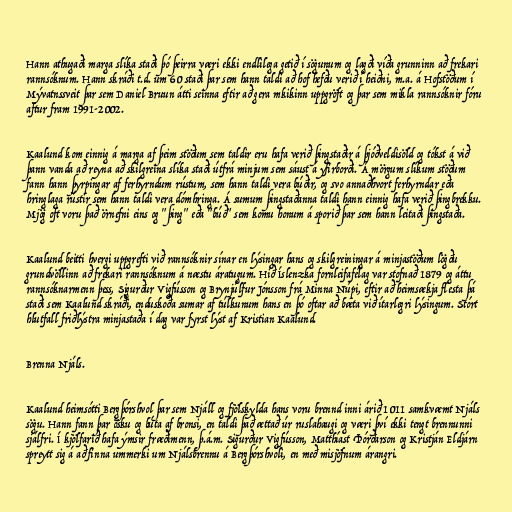
Hann athugaði marga slíka staði þó þeirra væri ekki endlilega getið í sögunum og lagði víða grunninn að frekari
rannsóknum. Hann skráði t.d. um 60 staði þar sem hann taldi að hof hefðu verið í heiðni, m.a. á Hofstöðum í
Mývatnssveit þar sem Daniel Bruun átti seinna eftir að gera mkikinn uppgröft og þar sem mikla rannsóknir fóru
aftur fram 1991-2002.

Kaalund kom einnig á marga af þeim stöðum sem taldir eru hafa verið þingstaðir á þjóðveldisöld og tókst á við
þann vanda að reyna að skilgreina slíka staði útfrá minjum sem sáust á yfirborði. Á mörgum slíkum stöðum
fann hann þyrpingar af ferhyrndum rústum, sem hann taldi vera búðir, og svo annaðhvort ferhyrndar eða
hringlaga rústir sem hann taldi vera dómhringa. Á sumum þingstaðanna taldi hann einnig hafa verið þingbrekku.
Mjög oft voru það örnefni eins og "þing" eða "búð" sem komu honum á sporið þar sem hann leitaði þingstaða.

Kaalund beitti hvergi uppgrefti við rannsóknir sínar en lýsingar hans og skilgreiningar á minjastöðum lögðu
grundvöllinn að frekari rannsóknum á næstu áratugum. Hið Íslenzka fornleifafélag var stofnað 1879 og áttu
rannsóknarmenn þess, Sigurður Vigfússon og Brynjúlfur Jónsson frá Minna Núpi, eftir að heimsækja flesta þá
staði sem Kaalund skráði, enduskoða sumar af túlkunum hans en þó oftar að bæta við ítarlegri lýsingum. Stórt
hlutfall friðlýstra minjastaða í dag var fyrst lýst af Kristian Kaalund.

Brenna Njáls.

Kaalund heimsótti Bergþórshvol þar sem Njáll og fjölskylda hans voru brennd inni árið 1011 samkvæmt Njáls
sögu. Hann fann þar ösku og búta af bronsi, en taldi það ættað úr ruslahaugi og væri því ekki tengt brennunni
sjálfri. Í kjölfarið hafa ýmsir fræðimenn, þ.á.m. Sigurður Vigfússon, Matthíast Þórðarson og Kristján Eldjárn
spreytt sig á að finna ummerki um Njálsbrennu á Bergþórshvoli, en með misjöfnum árangri.